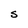
Character: S